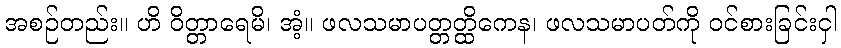
အစဉ်တည်း။ ဟိ ဝိတ္တာရေမိ၊ အံ့။ ဖလသမာပတ္တတ္ထိကေန၊ ဖလသမာပတ်ကို ဝင်စားခြင်းငှါ